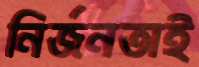
নির্জনতাই